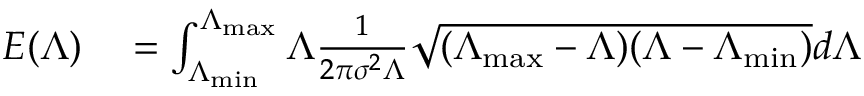
\begin{array} { r l } { E ( \Lambda ) } & { { } = \int _ { \Lambda _ { \operatorname* { m i n } } } ^ { \Lambda _ { \operatorname* { m a x } } } \Lambda \frac { 1 } { 2 \pi \sigma ^ { 2 } \Lambda } \sqrt { ( \Lambda _ { \operatorname* { m a x } } - \Lambda ) ( \Lambda - \Lambda _ { \operatorname* { m i n } } ) } d \Lambda } \end{array}